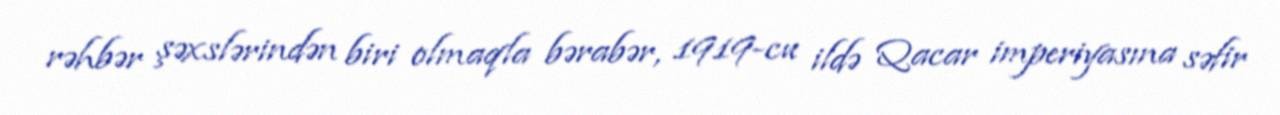
rəhbər şəxslərindən biri olmaqla bərabər, 1919-cu ildə Qacar imperiyasına səfir